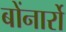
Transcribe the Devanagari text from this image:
बोंनार्रो